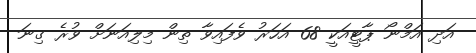
އަދި އަމްނޯ ޕާޓީއަކީ 68 އަހަރު ވެފައިވާ ތިން މިލިއަނަށް ވުރެ ގިނަ